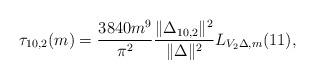
LaTeX: \begin{align*}\tau_{10,2}(m)&=\frac{3840 m^9}{\pi^2 } \frac{\Vert\Delta_{10, 2}\Vert^2} {\Vert\Delta\Vert^2} L_{V_2\Delta, m}(11),\end{align*}